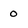
Character: o